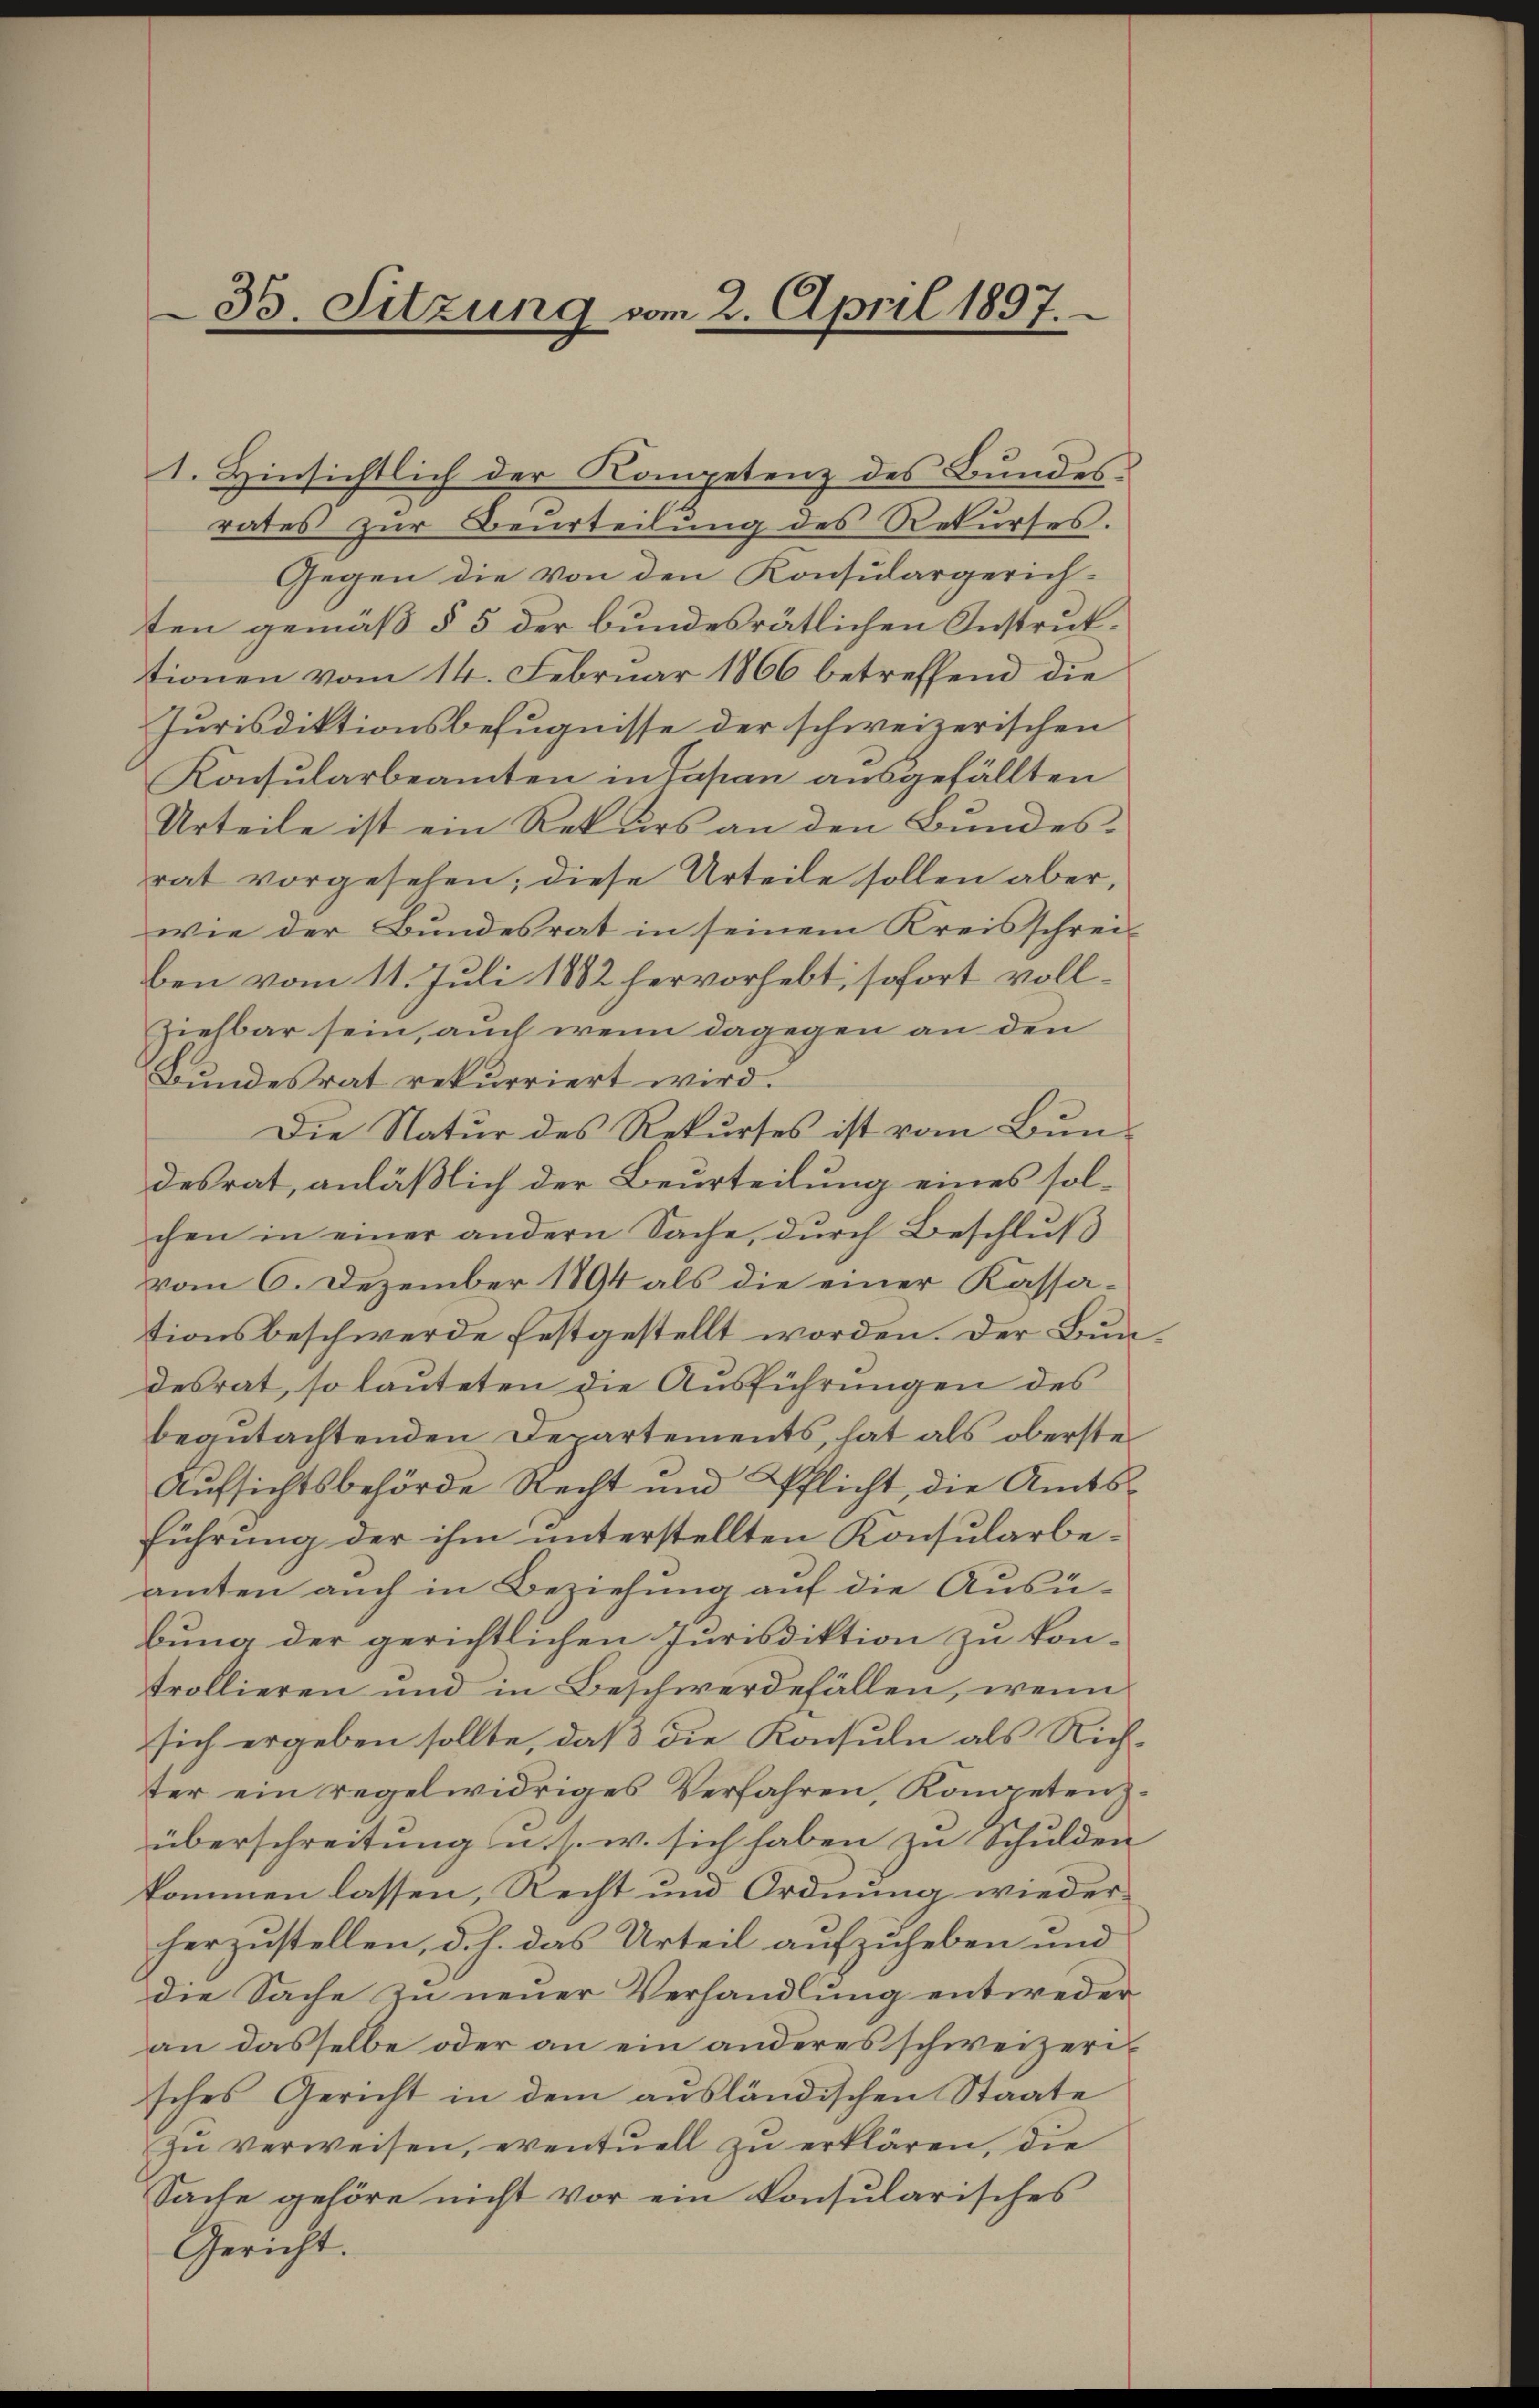
35. Sitzung vom 2. April 1897.

1. Hinsichtlich der Kompetenz des Bundesrates zur Beurteilung des Rekurses.
Gegen die von den Konsulargerich-
ten gemäß § 5 der bundesrätlichen Instruktionen vom 14. Februar 1866 betreffend die
Jurisdiktionsbefugnisse der schweizerischen
Konsularbeamten in Japan ausgefällten
Urteile ist ein Rekurs an den Bundes-
rat vorgesehen; diese Urteile sollen aber,
wie der Bundesrat in seinem Kreisschreiben vom 11. Juli 1882 hervorhebt, sofort voll¬
Ziehbar sein, auch wenn dagegen an den
Bundesrat rekurriert wird.
Die Natur des Rekurses ist vom Bundesrat, anläßlich der Beurteilung eines solchen in einer andern Sache, durch Beschluß
vom 6. Dezember 1894 als die einer Kassationsbeschwerde festgestellt worden. Der Bundesrat, so lauteten die Ausführungen des
begutachtenden Departements, hat als oberste
Aufsichtsbehörde Recht und Pflicht, die Amts¬
Führung der ihm unterstellten Konsularbeamten auch in Beziehung auf die Ausübung der gerichtlichen Jurisdiktion zu kon-
trollieren und in Beschwerdefällen, wenn
sich ergeben sollte, daß die Konsuln als Rich-
ter ein regelwidriges Verfahren, Kompetenz.
überschreitŭng u. s. w. sich haben zu Schulden
kommen lassen, Recht und Ordnung wiederherzustellen, d. h. das Urteil aufzuheben und
die Sache in neuer Verhandlung entweder
an dasselbe oder an ein anderes schweizerisches Gericht in dem ausländischen Staate
In verweisen, eventuell zu erklären, die
Sache gehöre nicht vor ein konsularisches
Gericht.